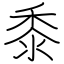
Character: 黍